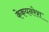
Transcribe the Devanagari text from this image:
केकयनरेश